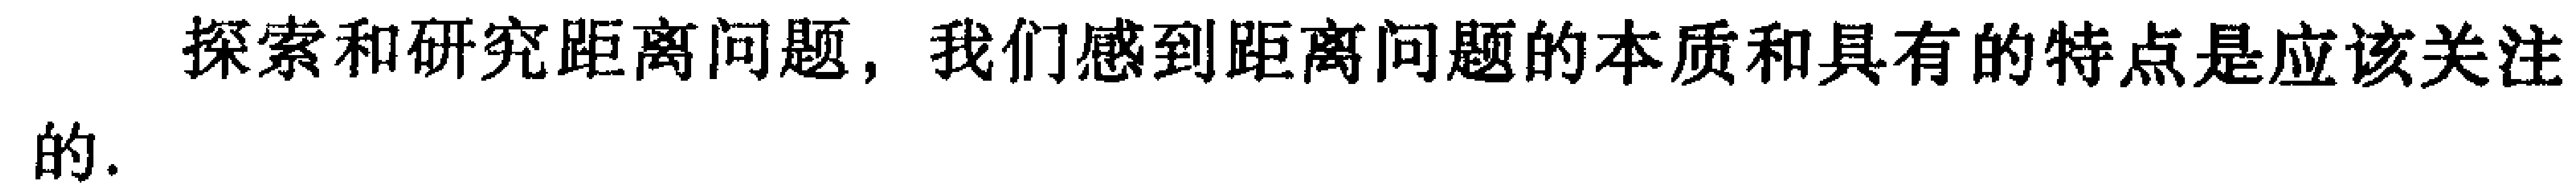
探索和研究距离问题，我们感到距离问题的本质和具有的特点是应该关注的.